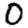
Digit: 0